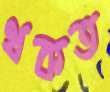
থকত